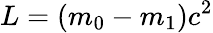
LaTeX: L=(m_{0}-m_{1})c^{2}